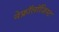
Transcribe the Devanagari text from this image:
नेफ्रॉलॉजिस्ट